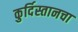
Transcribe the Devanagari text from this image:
कुर्दिस्तानचा